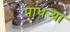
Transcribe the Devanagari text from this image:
पांधर्‍या